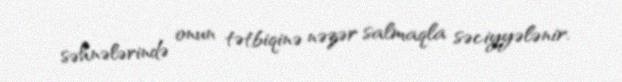
səhnələrində onun tətbiqinə nəzər salmaqla səciyyələnir.